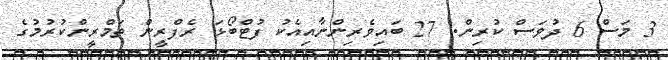
3 މަސް 6 ދުވަސް ކުރިން. 27 ބައިވެރިންނާއިއެކު ފުޓްބޯޅަ ރެފްރީން ތަމްރީންކުރުމުގެ